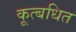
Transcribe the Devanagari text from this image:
कूत्बधित